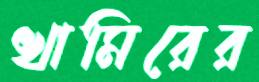
খামিরের